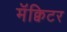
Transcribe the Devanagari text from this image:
मॅक्विटर